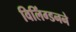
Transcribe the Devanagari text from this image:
विलिंग्डनने